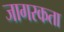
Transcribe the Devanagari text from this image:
जागरकता